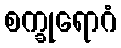
စက္ခုရောဂံ